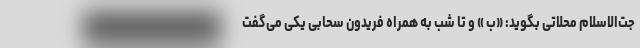
جت‌الاسلام محلاتی بگوید: «ب » و تا شب به همراه فریدون سحابی یکی می‌گفت